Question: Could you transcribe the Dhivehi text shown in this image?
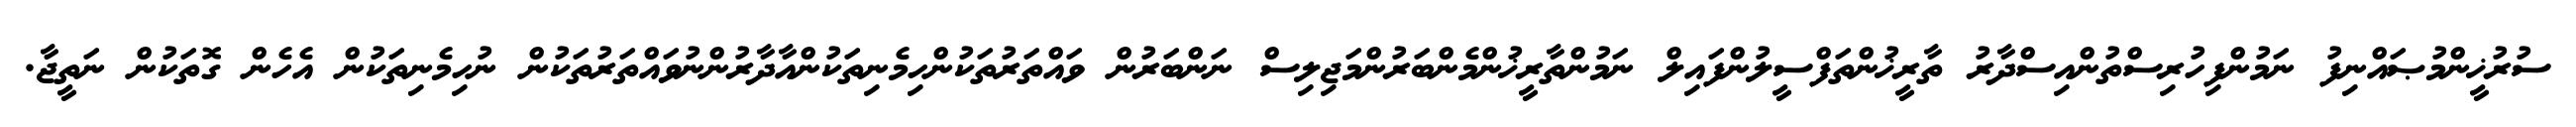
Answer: ސުރުޚީންމުޞައްނިފު ނަމުންފިހުރިސްތުންއިސްދާރު ތާރީޚުންތަފްސީލުންފައިލް ނަމުންތާރީޚުންމެންބަރުންމަޖިލިސް ނަންބަރުން ވައްތަރުތަކުންހިމެނިތަކުންއާދާރުންނުވައްތަރުތަކުން ނުހިމެނިތަކުން އެހެން ގޮތަކުން ނަތީޖާ.